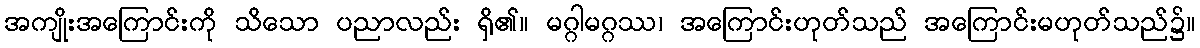
အကျိုးအကြောင်းကို သိသော ပညာလည်း ရှိ၏။ မဂ္ဂါမဂ္ဂဿ၊ အကြောင်းဟုတ်သည် အကြောင်းမဟုတ်သည်၌။